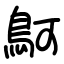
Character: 鴚